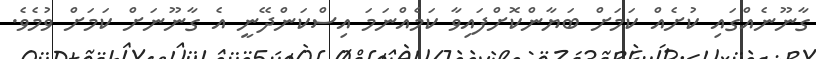
ގާނޫނެއްގައި ކުށެއް ކަމަށް ބަޔާންކޮށްފައިވާ ކަމެއްނަމަ އިސްކަންދޭނީ އެ ގާނޫނަށް ކަމަށް ވުމެވެ.